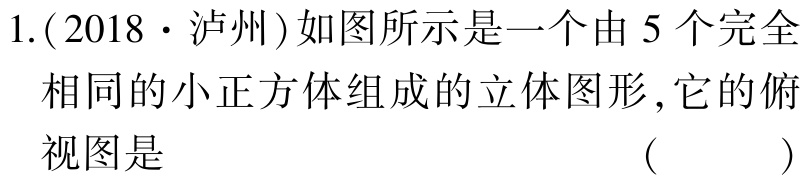
1.(2018·泸州)如图所示是一个由 5 个完全相同的小正方体组成的立体图形,它的俯视图是 （  ）